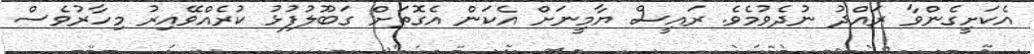
އެކަށީގެންވާ ރައްދު ނުދެވުމެވެ. ރައީސް ޔާމީނަށް އެކަން އެގޮތަށް ގަބޫލުފުޅު ކުރެއްވޭއިރު މިހާރުވެސް